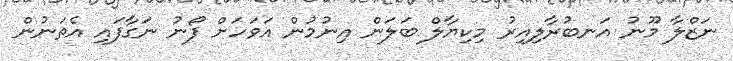
ނަޒްލާ މޫނު އަނބުރާލިއިރު މިކިޔާލް ބަލަން އިނުމުން އަވަހަށް ފޯނު ނަގާފައި އެތަނުން